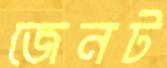
জেনট